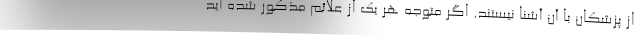
از پزشکان با آن آشنا نیستند. اگر متوجه هر یک از علائم مذکور شده اید